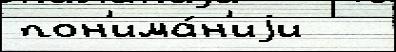
пон'има́н'иjи